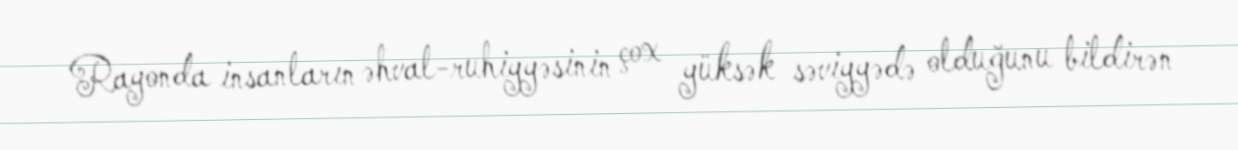
Rayonda insanların əhval-ruhiyyəsinin çox yüksək səviyyədə olduğunu bildirən